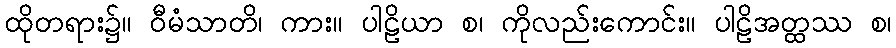
ထိုတရား၌။ ဝီမံသာတိ၊ ကား။ ပါဠိယာ စ၊ ကိုလည်းကောင်း။ ပါဠိအတ္ထဿ စ၊